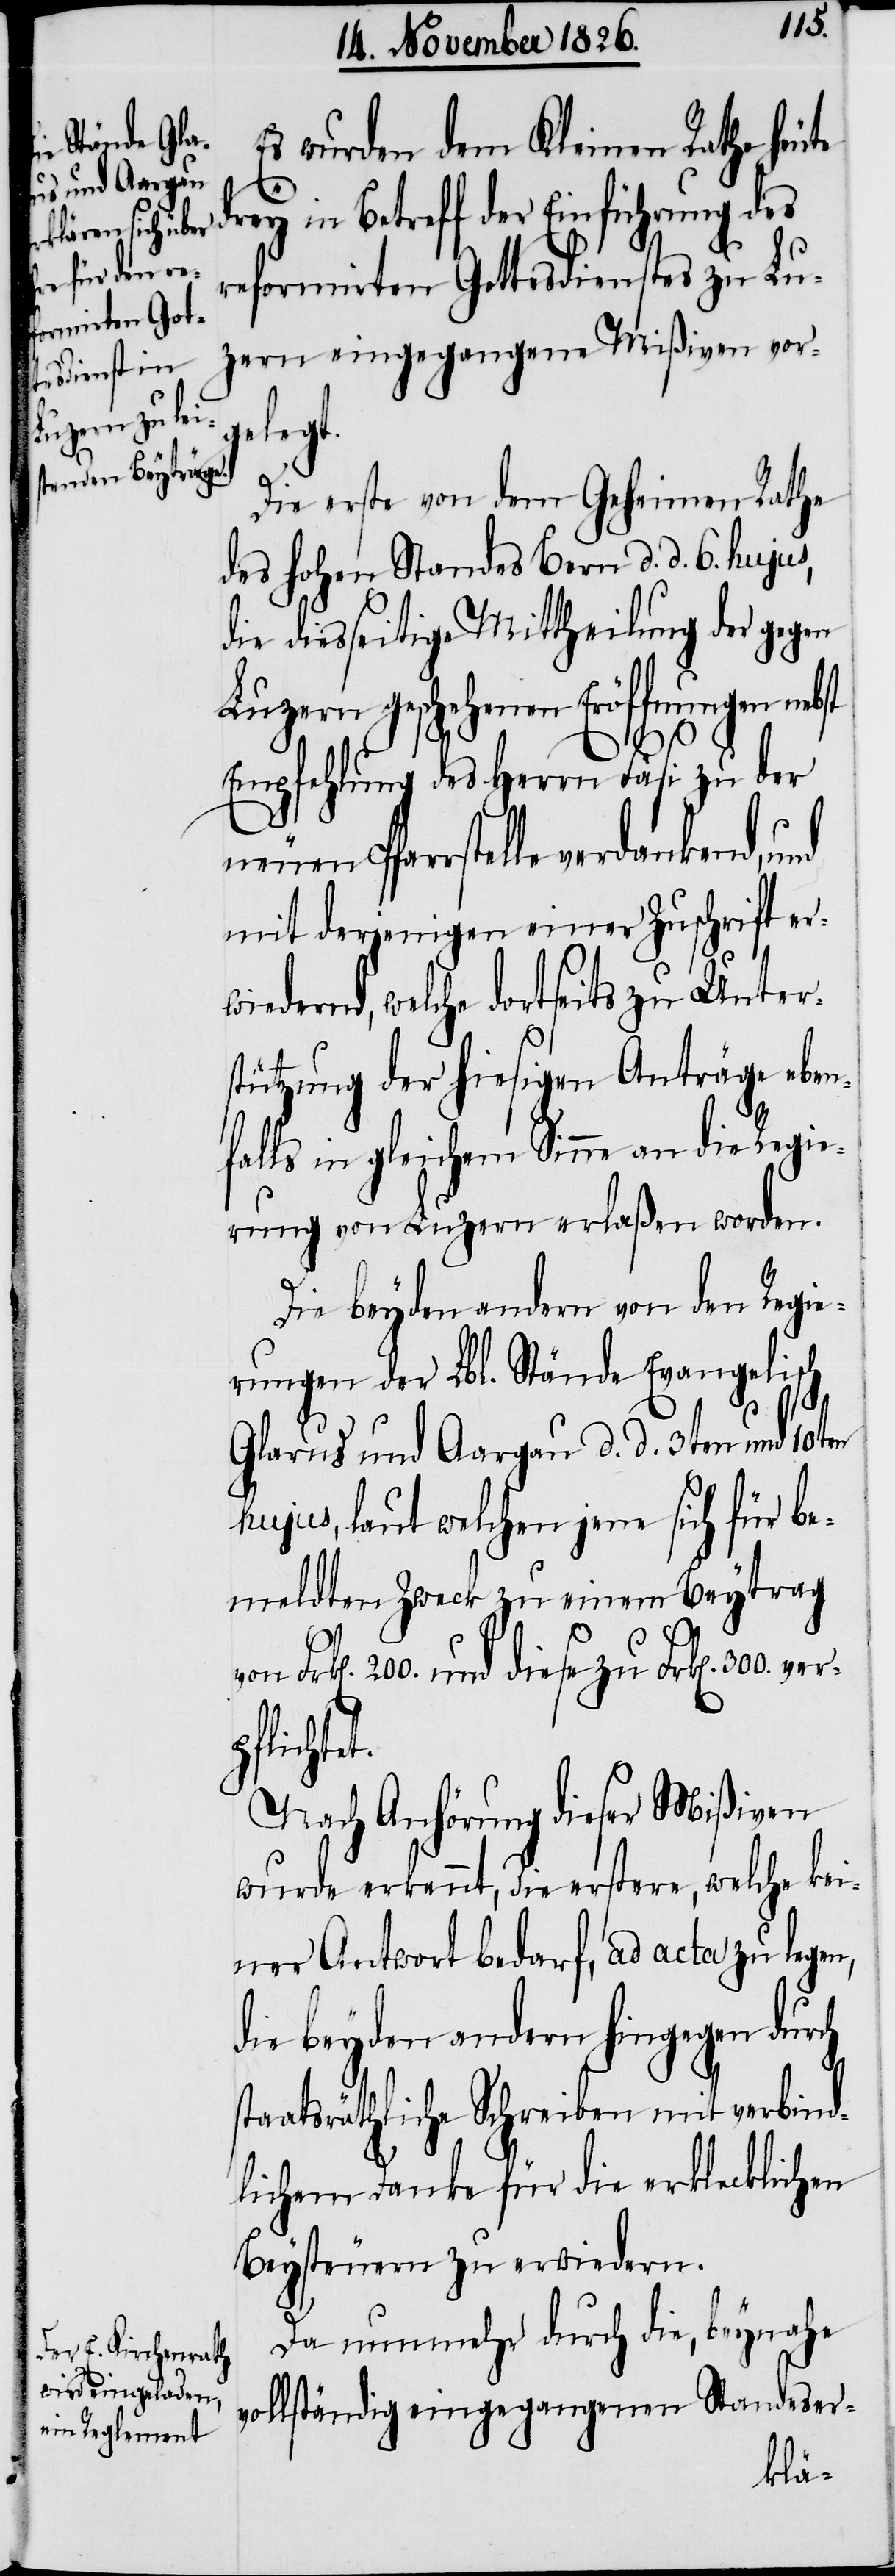
Es wurden dem Kleinen Rathe heute
in Betreff der Einführung des
reformirten Gottesdienstes zu Lu¬
zern eingegangene Mißiven vor¬
geleg¬
n].
Die erste von dem Geheimen Rathe
des hohen Standes Bern d. d. 6. hujus,
die diesseitige Mittheilung der gegen
Luzern geschehenen Eröffnung nebst
ver¬
Empfehlung des Herrn Fäsi zu der
neuen Pfarrstelle verdankend,
mit derjenigen einer Zuschrift erw¬
iedernd, welche dortseits zu Unter¬
stützung der hiesigen Anträge eben¬
falls in gleichem Sinne an die Regie¬
rung von Luzern erlaßen worden.
Die beyden andern von den Regie¬
rungen der Lbl. Stände Evangelisch
Glarus und Aargau d. d. 3ten und 10ten
hujus, laut welchen jene sich für be¬
meldten Zweck zu einem Beytrag
von Frk[en]. 200. und diese zu Frk[e¬
pflichtet.
Nach Anhörung dieser Mißiven
wurde erkennt, die erstere, welche kei¬
ner Antwort bedarf, ad acta zu legen,
die beyden andern hingegen durch
staatsräthliche Schreiben mit verbind¬
lichem Danke für die erklecklichen
Beysteuern zu erwiedern.
Da nunmehr durch die, beynahe
vollständig eingegangenen Standeser-